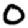
Digit: 0